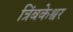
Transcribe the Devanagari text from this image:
त्रिंबकेश्वर